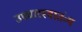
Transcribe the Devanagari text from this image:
उच्चारस्वातंत्र्य